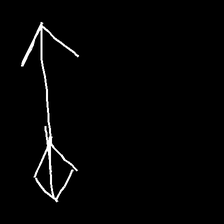
Glyph: focus